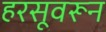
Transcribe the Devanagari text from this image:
हरसूवरून